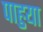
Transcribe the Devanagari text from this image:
पाहुया